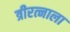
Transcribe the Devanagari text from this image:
त्रीरत्नाला